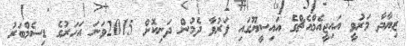
ޒިޔާދާ މަރުވީ އައިޖީއެމްއެޗްގެ އައިސީޔޫގައި ފަރުވާ ދެމުން ދަނިކޮށް 2015ވަނަ އަހަރުގެ ޑިސެމްބަރު